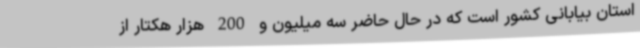
استان بیابانی کشور است که در حال حاضر سه میلیون و 200 هزار هکتار از